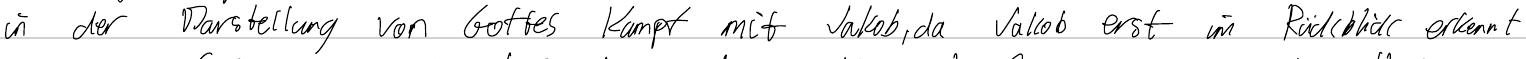
in der Darstellung von Gottes Kampf mit Jakob, da Jakob erst im Rückblick erkennt